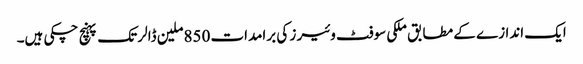
ایک اندازے کے مطابق ملکی سوفٹ وئیر ز کی برامدات 850ملین ڈالر تک پہنچ چکی ہیں۔